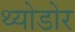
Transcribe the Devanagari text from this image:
थ्योडोर